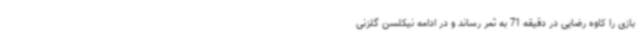
بازی را کاوه رضایی در دقیقه 71 به ثمر رساند و در ادامه نیکلسن گلزنی